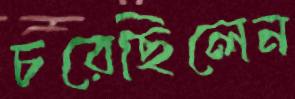
চরেছিলেন